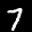
Label: 7